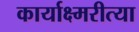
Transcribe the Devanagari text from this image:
कार्याक्ष्मरीत्या